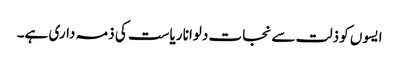
ایسوں کو ذلت سے نجات دلوانا ریاست کی ذمہ داری ہے۔